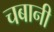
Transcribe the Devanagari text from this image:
चबानी